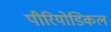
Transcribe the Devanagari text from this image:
पीरियोडिकल